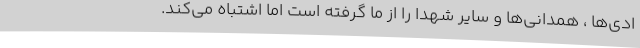
ادی‌ها ، همدانی‌ها و سایر شهدا را از ما گرفته است اما اشتباه می‌کند.